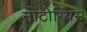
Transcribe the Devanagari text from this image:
नोटोरियस